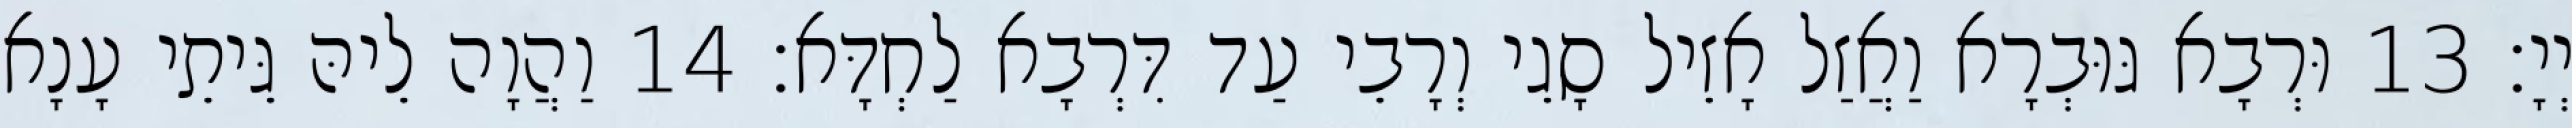
יְיָ׃ 13 וּרְבָא גּוּבְרָא וַאֲזַל אָזֵיל סָגֵי וְרָבֵי עַד דִּרְבָא לַחְדָּא׃ 14 וַהֲוָה לֵיהּ גֵּיתֵי עָנָא